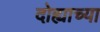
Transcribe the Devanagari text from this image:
दोह्याच्या